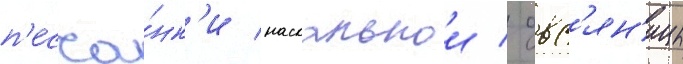
п'есча́нк'и наскальнои / овс'ян'ицы